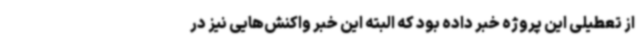
از تعطیلی این پروژه خبر داده بود که البته این خبر واکنش‌هایی نیز در